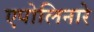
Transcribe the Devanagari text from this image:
एपोलिनारे